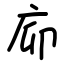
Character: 㡻